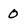
Character: 0